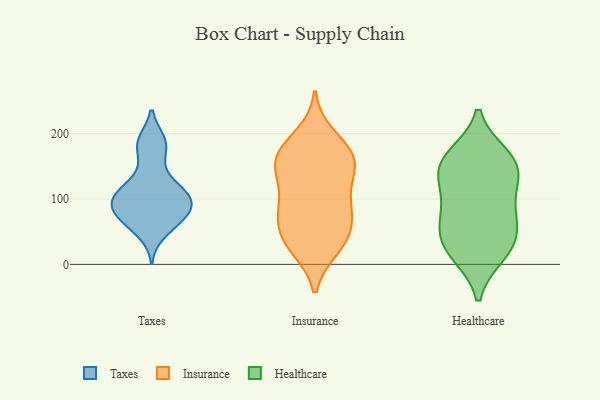
{"axis": {"x": "Churn Rate (%)", "y": "Value"}, "legend": ["Healthcare", "Insurance", "Taxes"], "data": [{"x": "", "y": 118, "type": "Taxes"}, {"x": "", "y": 88, "type": "Taxes"}, {"x": "", "y": 188, "type": "Taxes"}, {"x": "", "y": 91, "type": "Taxes"}, {"x": "", "y": 100, "type": "Taxes"}, {"x": "", "y": 189, "type": "Taxes"}, {"x": "", "y": 68, "type": "Taxes"}, {"x": "", "y": 47, "type": "Taxes"}, {"x": "", "y": 70, "type": "Taxes"}, {"x": "", "y": 63, "type": "Taxes"}, {"x": "", "y": 102, "type": "Taxes"}, {"x": "", "y": 185, "type": "Taxes"}, {"x": "", "y": 111, "type": "Taxes"}, {"x": "", "y": 107, "type": "Taxes"}, {"x": "", "y": 82, "type": "Taxes"}, {"x": "", "y": 75, "type": "Taxes"}, {"x": "", "y": 104, "type": "Taxes"}, {"x": "", "y": 134, "type": "Taxes"}, {"x": "", "y": 164, "type": "Taxes"}, {"x": "", "y": 142, "type": "Insurance"}, {"x": "", "y": 82, "type": "Insurance"}, {"x": "", "y": 29, "type": "Insurance"}, {"x": "", "y": 159, "type": "Insurance"}, {"x": "", "y": 39, "type": "Insurance"}, {"x": "", "y": 137, "type": "Insurance"}, {"x": "", "y": 26, "type": "Insurance"}, {"x": "", "y": 82, "type": "Insurance"}, {"x": "", "y": 196, "type": "Insurance"}, {"x": "", "y": 62, "type": "Insurance"}, {"x": "", "y": 174, "type": "Insurance"}, {"x": "", "y": 153, "type": "Insurance"}, {"x": "", "y": 173, "type": "Insurance"}, {"x": "", "y": 94, "type": "Insurance"}, {"x": "", "y": 40, "type": "Insurance"}, {"x": "", "y": 93, "type": "Insurance"}, {"x": "", "y": 158, "type": "Insurance"}, {"x": "", "y": 18, "type": "Healthcare"}, {"x": "", "y": 74, "type": "Healthcare"}, {"x": "", "y": 50, "type": "Healthcare"}, {"x": "", "y": 147, "type": "Healthcare"}, {"x": "", "y": 154, "type": "Healthcare"}, {"x": "", "y": 24, "type": "Healthcare"}, {"x": "", "y": 72, "type": "Healthcare"}, {"x": "", "y": 54, "type": "Healthcare"}, {"x": "", "y": 113, "type": "Healthcare"}, {"x": "", "y": 112, "type": "Healthcare"}, {"x": "", "y": 164, "type": "Healthcare"}, {"x": "", "y": 166, "type": "Healthcare"}, {"x": "", "y": 143, "type": "Healthcare"}, {"x": "", "y": 15, "type": "Healthcare"}]}